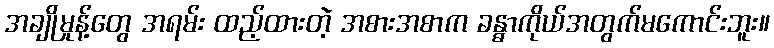
အချိုမှုန့်တွေ အရမ်း ထည့်ထားတဲ့ အစားအစာက ခန္ဓာကိုယ်အတွက်မကောင်းဘူး။